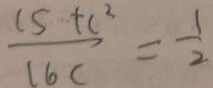
\frac { 1 5 + c ^ { 2 } } { 1 6 c } = \frac { 1 } { 2 }